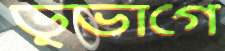
ভূভাগে